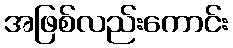
အဖြစ်လည်းကောင်း